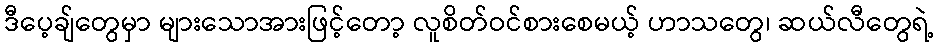
ဒီပေ့ချ်တွေမှာ များသောအားဖြင့်တော့ လူစိတ်ဝင်စားစေမယ့် ဟာသတွေ၊ ဆယ်လီတွေရဲ့